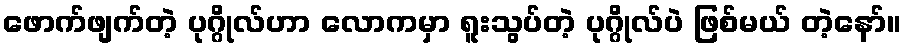
ဖောက်ဖျက်တဲ့ ပုဂ္ဂိုလ်ဟာ လောကမှာ ရူးသွပ်တဲ့ ပုဂ္ဂိုလ်ပဲ ဖြစ်မယ် တဲ့နော်။